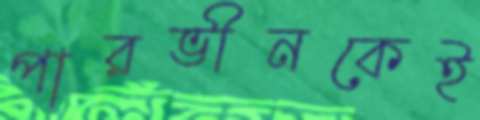
পারভীনকেই